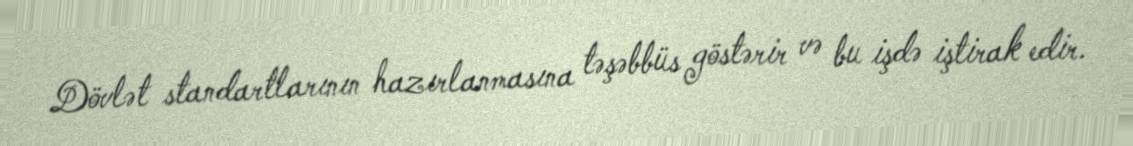
Dövlət standartlarının hazırlanmasına təşəbbüs göstərir və bu işdə iştirak edir.